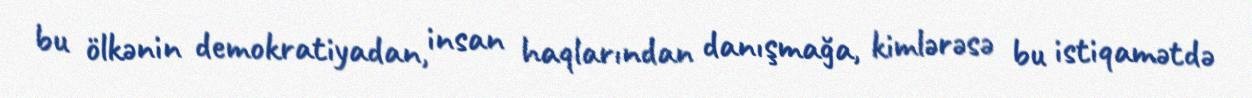
bu ölkənin demokratiyadan, insan haqlarından danışmağa, kimlərəsə bu istiqamətdə